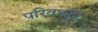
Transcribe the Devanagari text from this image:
परिवर्ध्दन